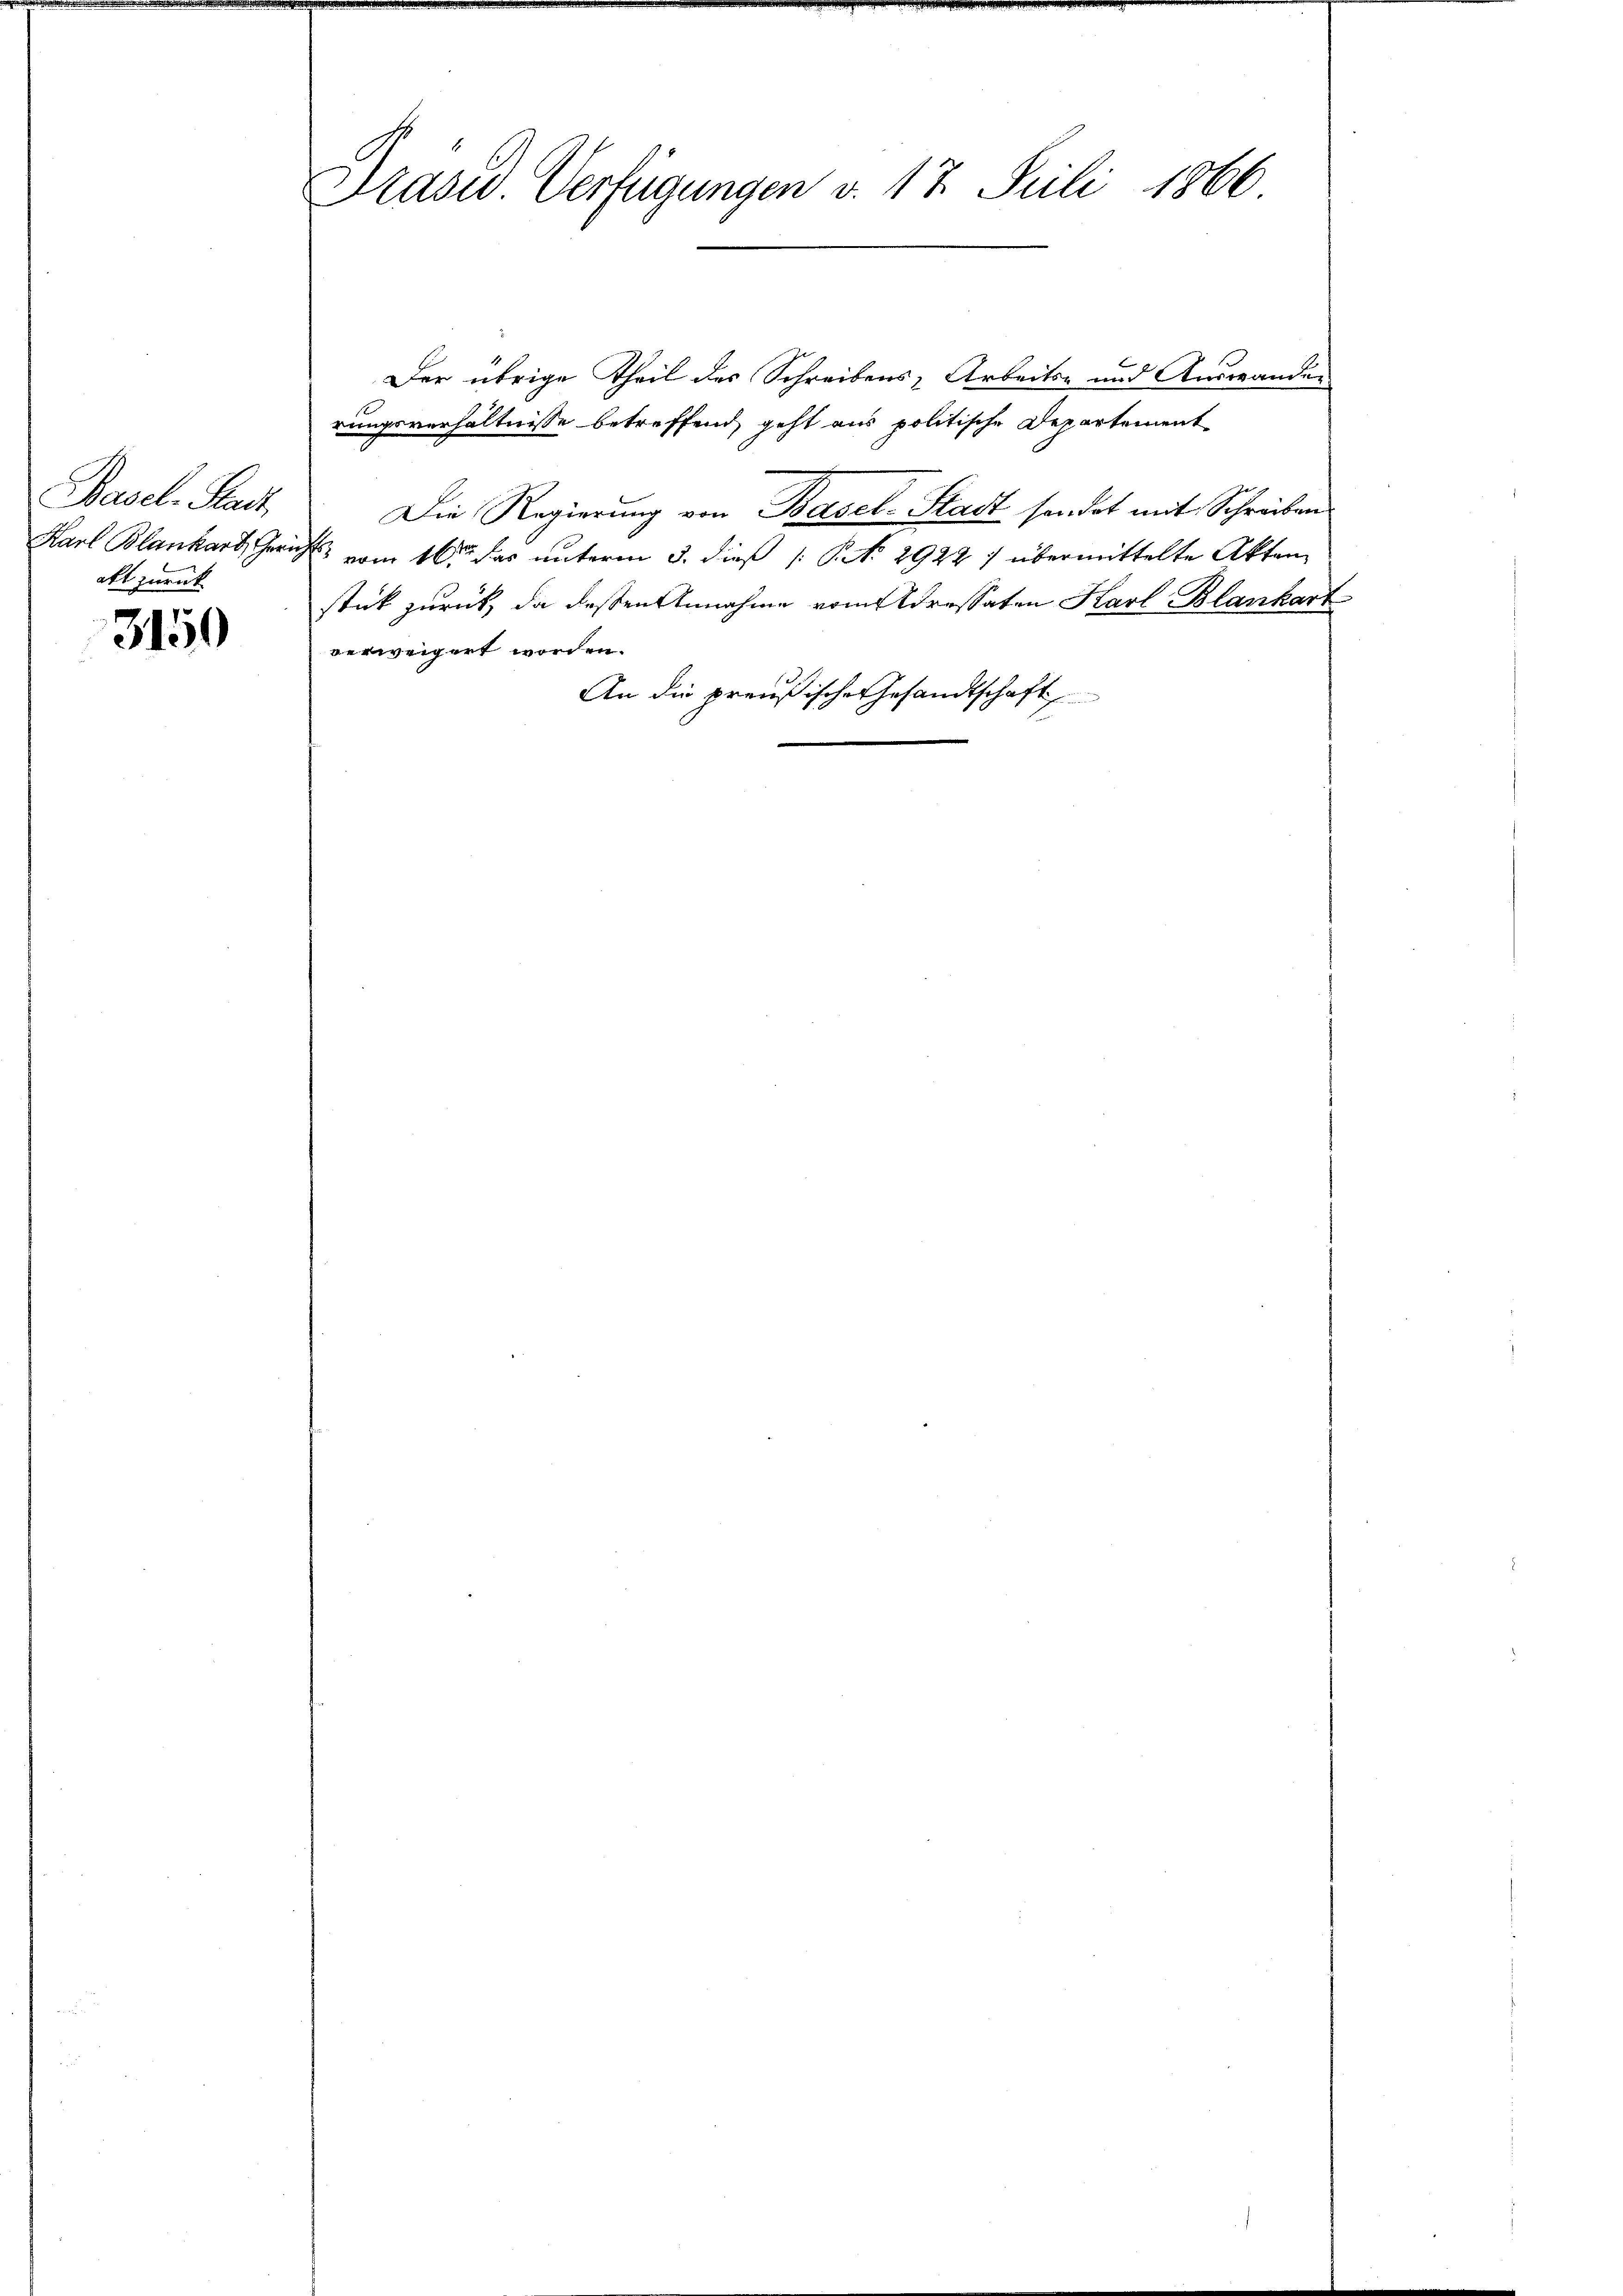
Basel-Stadt
Karl Blankart, Geri
akt zurück

3150

Prasis Verfügungen v. 17. Juli 1866.

Der übrige Theil des Schreibens, Arbeits- und Auswanden
rungsverhältnisse betreffend, geht aus politische Departement
Die Regierung von Basel-Stadt sendet mit Schreiben
 vom 16ten das unterm 3. dieß [No 2922 7 übermittelte Akten
stück zurück, da dessen Annahme vom Adressaten Karl Blankart
verweigert worden.
An die preußische Gesandtschaft